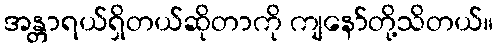
အန္တာရယ်ရှိတယ်ဆိုတာကို ကျနော်တို့သိတယ်။